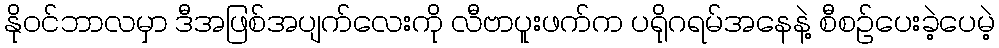
နိုဝင်ဘာလမှာ ဒီအဖြစ်အပျက်လေးကို လီဗာပူးဖက်က ပရိုဂရမ်အနေနဲ့ စီစဉ်ပေးခဲ့ပေမဲ့